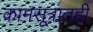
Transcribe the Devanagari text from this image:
कामसूत्रातही